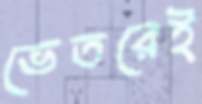
ভেতরেই